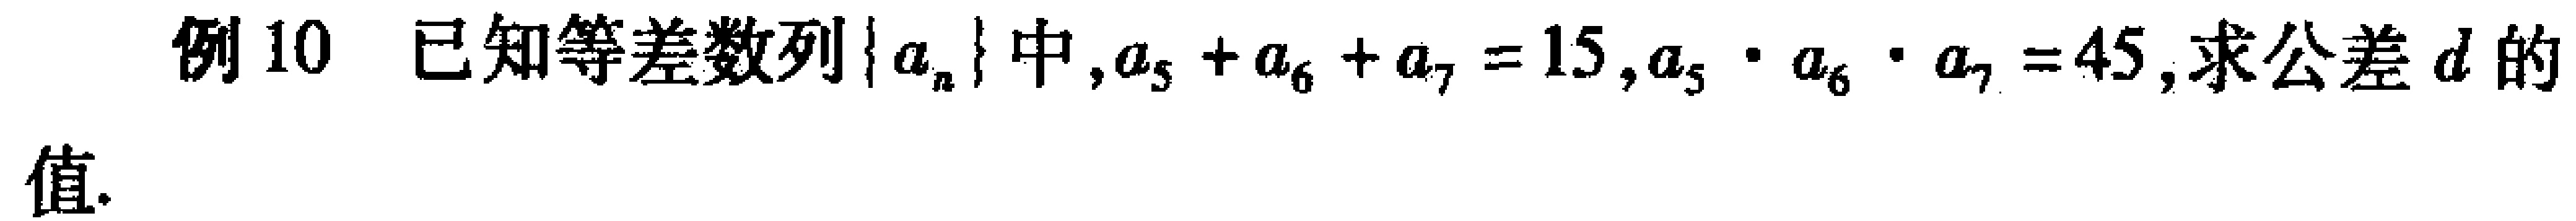
例10 已知等差数列\(\{ a_{n}\}\)中,\(a_{5}+a_{6}+a_{7}=15\),\(a_{5}\cdot a_{6}\cdot a_{7}=45\),求公差\(d\)的值.